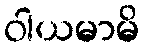
ဝါယမာမိ